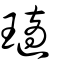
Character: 瓋